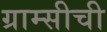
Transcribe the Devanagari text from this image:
ग्राम्सीची